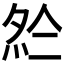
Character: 𡖗